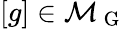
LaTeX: [g]\in\mathcal{M}_{\mathrm{~G~}}